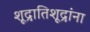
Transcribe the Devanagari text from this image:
शूद्रातिशूद्रांना